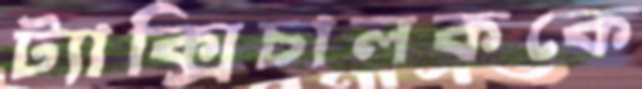
ট্যাক্সিচালককে